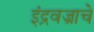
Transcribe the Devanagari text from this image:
इंद्रवज्राचे